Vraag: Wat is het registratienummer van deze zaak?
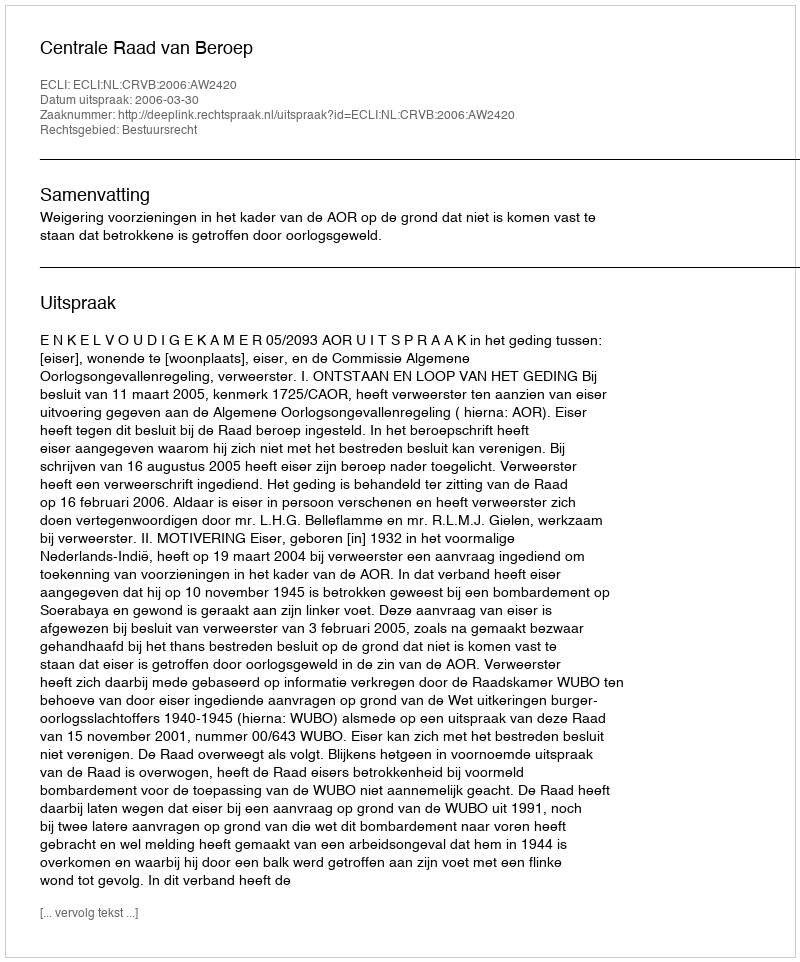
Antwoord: http://deeplink.rechtspraak.nl/uitspraak?id=ECLI:NL:CRVB:2006:AW2420